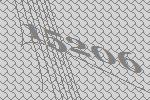
15206